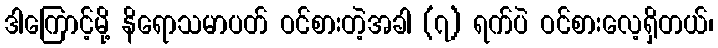
ဒါကြောင့်မို့ နိရောသမာပတ် ဝင်စားတဲ့အခါ (၇) ရက်ပဲ ဝင်စားလေ့ရှိတယ်၊